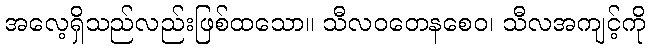
အလေ့ရှိသည်လည်းဖြစ်ထသော။ သီလဝတေနစေဝ၊ သီလအကျင့်ကို